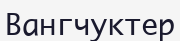
Вангчуктер